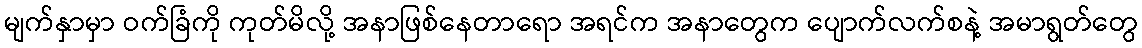
မျက်နှာမှာ ဝက်ခြံကို ကုတ်မိလို့ အနာဖြစ်နေတာရော အရင်က အနာတွေက ပျောက်လက်စနဲ့ အမာရွတ်တွေ